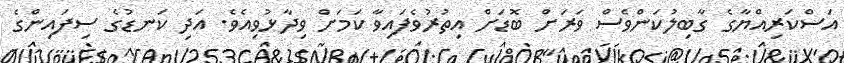
އަސްކަރިއްޔާގެ ގާބިލުކަންވެސް ވަރަށް ބޮޑަށް އިތުރުވެފައިވާ ކަމަށް ވިދާޅުވިއެވެ. އަދި ކަނޑުގެ ސިފައިންގެ